Annual report of the Central Committee of the Association together with the report of the directors of the Pasteur Institute at Kasauli
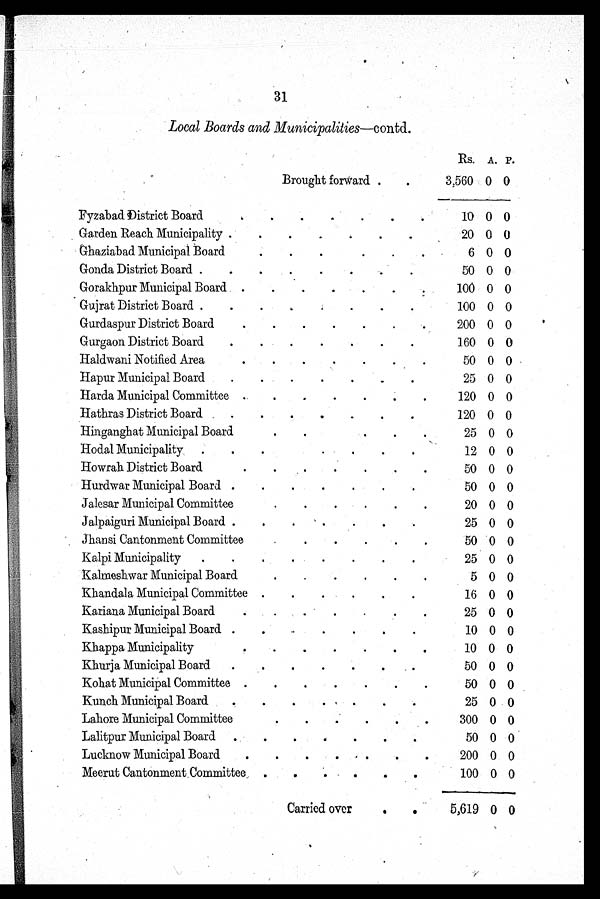
31
Local Boards and Municipalities —contd.
Rs. A. P.
Brought forward
3,560 0 0
Fyzabad District Board
10 0 0
Garden Reach Municipality
20 0 0
Ghaziabad Municipal Board
6 0 0
Gonda District Board
50 0 0
Gorakhpur Municipal Board
100 0 0
Gujrat District Board
100 0 0
Gurdaspur District Board
200 0 0
Gurgaon District Board
160 0 0
Haldwani Notified Area
50 0 0
Hapur Municipal Board
25 0 0
Harda Municipal Committee
120 0 0
Hathras District Board
120 0 0
Hinganghat Municipal Board
25 0 0
Hodal Municipality
12 0 0
Howrah District Board
50 0 0
Hurdwar Municipal Board
50 0 0
Jalesar Municipal Committee
20 0 0
Jalpaiguri Municipal Board
25 0 0
Jhansi Cantonment Committee
50 0 0
Kalpi Municipality
25 0 0
Kalmeshwar Municipal Board
5 0 0
Khandala Municipal Committee
16 0 0
Kariana Municipal Board
25 0 0
Kashipur Municipal Board
10 0 0
Khappa Municipality
10 0 0
Khurja Municipal Board
50 0 0
Kohat Municipal Committee
50 0 0
Kunch Municipal Board
25 0 0
Lahore Municipal Committee
300 0 0
Lalitpur Municipal Board
50 0 0
Lucknow Municipal Board
200 0 0
Meerut Cantonment. Committee
100 0 0
Carried over
5,619 0 0